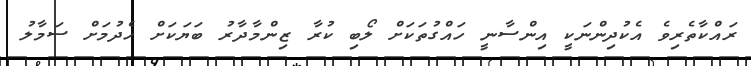
ރައްކާތެރިވެ އެކުދިންނަކީ އިންސާނީ ހައްގުތަކަށް ލޯބި ކުރާ ޒިންމާދާރު ބަޔަކަށް ހެދުމަށް ސަމާލު